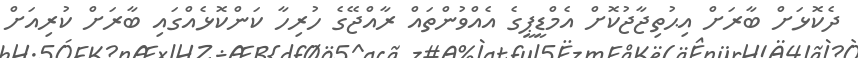
ދެކޮޅަށް ބާރަށް އިޙުތިޖާޖުކޮށް އެމްޑީޕީގެ އެއްވުންތައް ރާއްޖޭގެ ހުރިހާ ކަންކޮޅެއްގައި ބާރަށް ކުރިއަށް